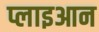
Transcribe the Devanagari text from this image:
प्लाइआन